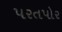
પરતપોર